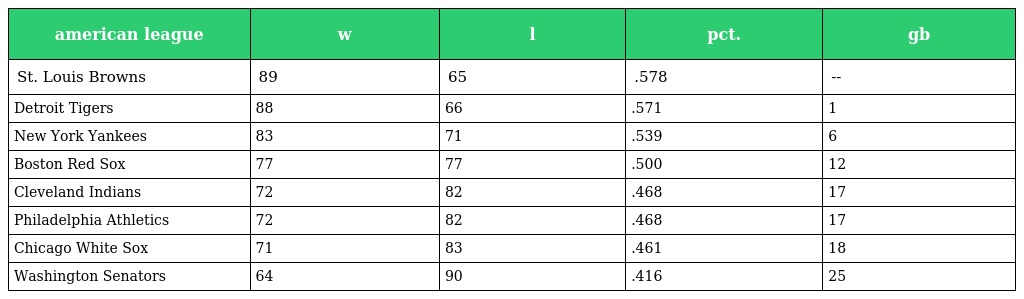
| american league | w | l | pct. | gb |
 | --- | --- | --- | --- | --- |
 | St. Louis Browns | 89 | 65 | .578 | -- |
 | Detroit Tigers | 88 | 66 | .571 | 1 |
 | New York Yankees | 83 | 71 | .539 | 6 |
 | Boston Red Sox | 77 | 77 | .500 | 12 |
 | Cleveland Indians | 72 | 82 | .468 | 17 |
 | Philadelphia Athletics | 72 | 82 | .468 | 17 |
 | Chicago White Sox | 71 | 83 | .461 | 18 |
 | Washington Senators | 64 | 90 | .416 | 25 |